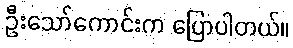
ဦးသော်ကောင်းက ပြောပါတယ်။